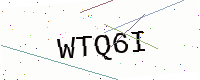
Text: WTQ6I